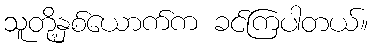
သူတို့နှစ်ယောက်က ခင်ကြပါတယ်။